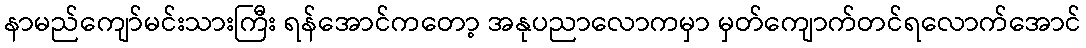
နာမည်ကျော်မင်းသားကြီး ရန်အောင်ကတော့ အနုပညာလောကမှာ မှတ်ကျောက်တင်ရလောက်အောင်